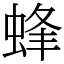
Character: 蜂